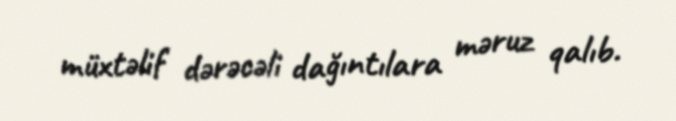
müxtəlif dərəcəli dağıntılara məruz qalıb.